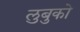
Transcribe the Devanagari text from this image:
लुबुको